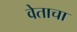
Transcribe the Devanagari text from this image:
वेताचा